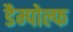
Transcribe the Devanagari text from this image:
डैम्पोल्फ